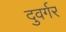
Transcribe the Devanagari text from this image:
दुवर्गर